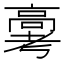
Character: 𬴗